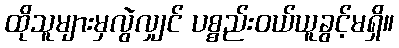
ထိုသူများမှလွဲလျှင် ပစ္စည်းဝယ်ယူခွင့်မရှိ။